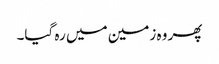
پھر وہ زمین میں رہ گیا۔